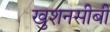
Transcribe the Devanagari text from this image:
खुशनसीबी